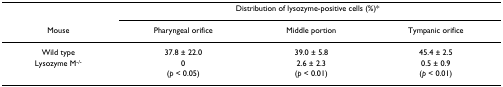
|  | <COLSPAN=3> Distribution of lysozyme-positive cells (%)* |
 | Mouse | Pharyngeal orifice | Middle portion | Tympanic orifice |
 | --- | --- | --- | --- |
 | Wild type | 37.8 ± 22.0 | 39.0 ± 5.8 | 45.4 ± 2.5 |
 | Lysozyme M-/- | 0 | 2.6 ± 2.3 | 0.5 ± 0.9 |
 |  | (p < 0.05) | (p < 0.01) | (p < 0.01) |